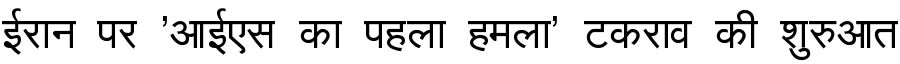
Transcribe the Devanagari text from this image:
ईरान पर 'आईएस का पहला हमला' टकराव की शुरुआत